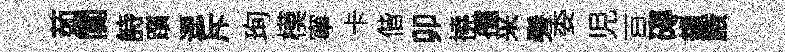
茹闃詩躓逕斥珣模寧卡偕卯撓孺采髣委児亘磚鎻腋